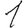
Digit: 1